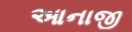
આનાજી